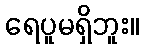
ရေပူမရှိဘူး။